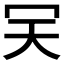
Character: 𠕹